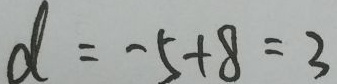
d = - 5 + 8 = 3